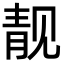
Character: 靓